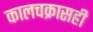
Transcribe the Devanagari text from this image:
कालचक्रासही